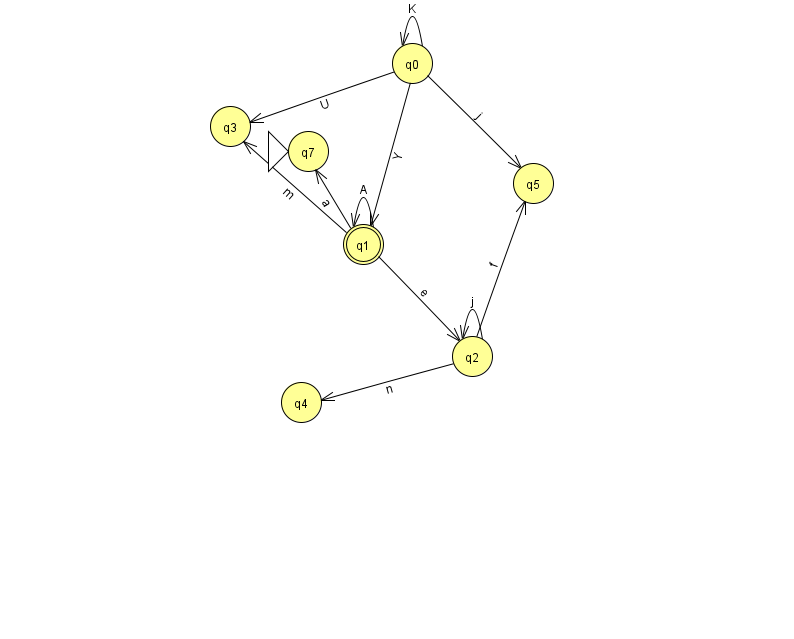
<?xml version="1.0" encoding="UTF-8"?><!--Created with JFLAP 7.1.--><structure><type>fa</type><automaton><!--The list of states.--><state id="0" name="q0"><x>412.0</x><y>50.0</y></state><state id="1" name="q1"><x>363.0</x><y>231.0</y><final/></state><state id="2" name="q2"><x>472.0</x><y>343.0</y></state><state id="3" name="q3"><x>230.0</x><y>113.0</y></state><state id="4" name="q4"><x>301.0</x><y>389.0</y></state><state id="5" name="q5"><x>533.0</x><y>170.0</y></state><state id="7" name="q7"><x>308.0</x><y>138.0</y><initial/></state><!--The list of transitions.--><transition><from>1</from><to>2</to><read>e</read></transition><transition><from>0</from><to>3</to><read>U</read></transition><transition><from>0</from><to>5</to><read>j</read></transition><transition><from>1</from><to>1</to><read>A</read></transition><transition><from>2</from><to>2</to><read>j</read></transition><transition><from>0</from><to>0</to><read>K</read></transition><transition><from>2</from><to>5</to><read>f</read></transition><transition><from>0</from><to>1</to><read>Y</read></transition><transition><from>1</from><to>3</to><read>m</read></transition><transition><from>1</from><to>7</to><read>a</read></transition><transition><from>2</from><to>4</to><read>n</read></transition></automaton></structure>